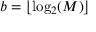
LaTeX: b = \lfloor \log _ { 2 } ( M ) \rfloor